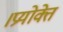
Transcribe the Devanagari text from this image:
।प्रयोक्ते